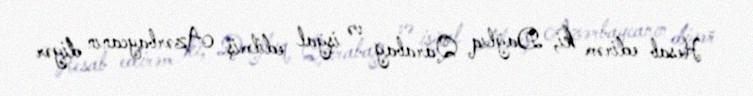
- Hesab edirəm ki, Dağlıq Qarabağ və işğal edilmiş Azərbaycanın digər